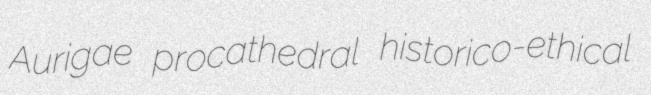
Aurigae procathedral historico-ethical